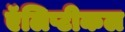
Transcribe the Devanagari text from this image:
ऍलिप्टीकल